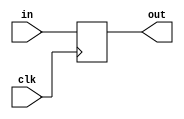
//32-bit Register
/*
inputs:
  -in1(signed 32 bit):Multiplicand
  -in2(signed 32 bit):Multiplier
output:
  -out(signed 32 bit):result
*/
module Register #(parameter N = 32 )(in,clk,out);
input [N-1:0]in;
input clk;

output reg [N-1:0] out;
always @ (posedge clk)
begin
out=in;
end
endmodule